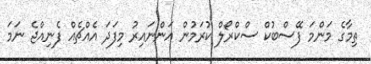
ތިމާގެ މަންމަ ފޭސްބުކް ސްކްރޯލް ކުރަމުން އަންނައިރު މިފަދަ އެއްޗެއް ފެނިއްޖެ ނަމަ